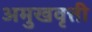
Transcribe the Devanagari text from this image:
अमुखवृत्ती